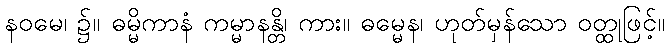
နဝမေ၊ ၌။ ဓမ္မိကာနံ ကမ္မာနန္တိ၊ ကား။ ဓမ္မေန၊ ဟုတ်မှန်သော ဝတ္ထုဖြင့်။